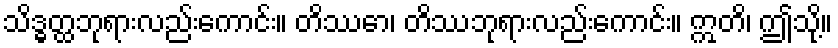
သိဒ္ဓတ္ထဘုရားလည်းကောင်း။ တိဿော၊ တိဿဘုရားလည်းကောင်း။ ဣတိ၊ ဤသို့။